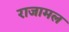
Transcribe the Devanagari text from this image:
राजामल